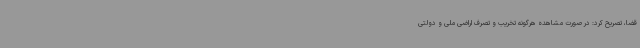
قضا، تصریح کرد: در صورت مشاهده هرگونه تخریب و تصرف اراضی ملی و دولتی